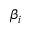
\beta _ { i }